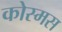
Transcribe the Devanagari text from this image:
कोस्मस